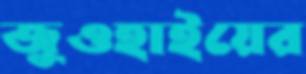
জুওহাইয়ের